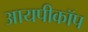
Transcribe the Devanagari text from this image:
आयपीकॉप